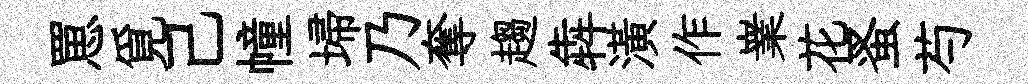
罳覓己幢埽乃奪趨犇潢作嶪花蚤芍